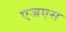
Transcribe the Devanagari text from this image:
एजएस